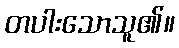
တပါးသောသူ၏။